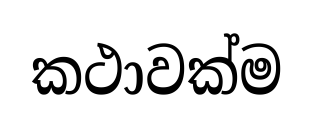
කථාවක්ම